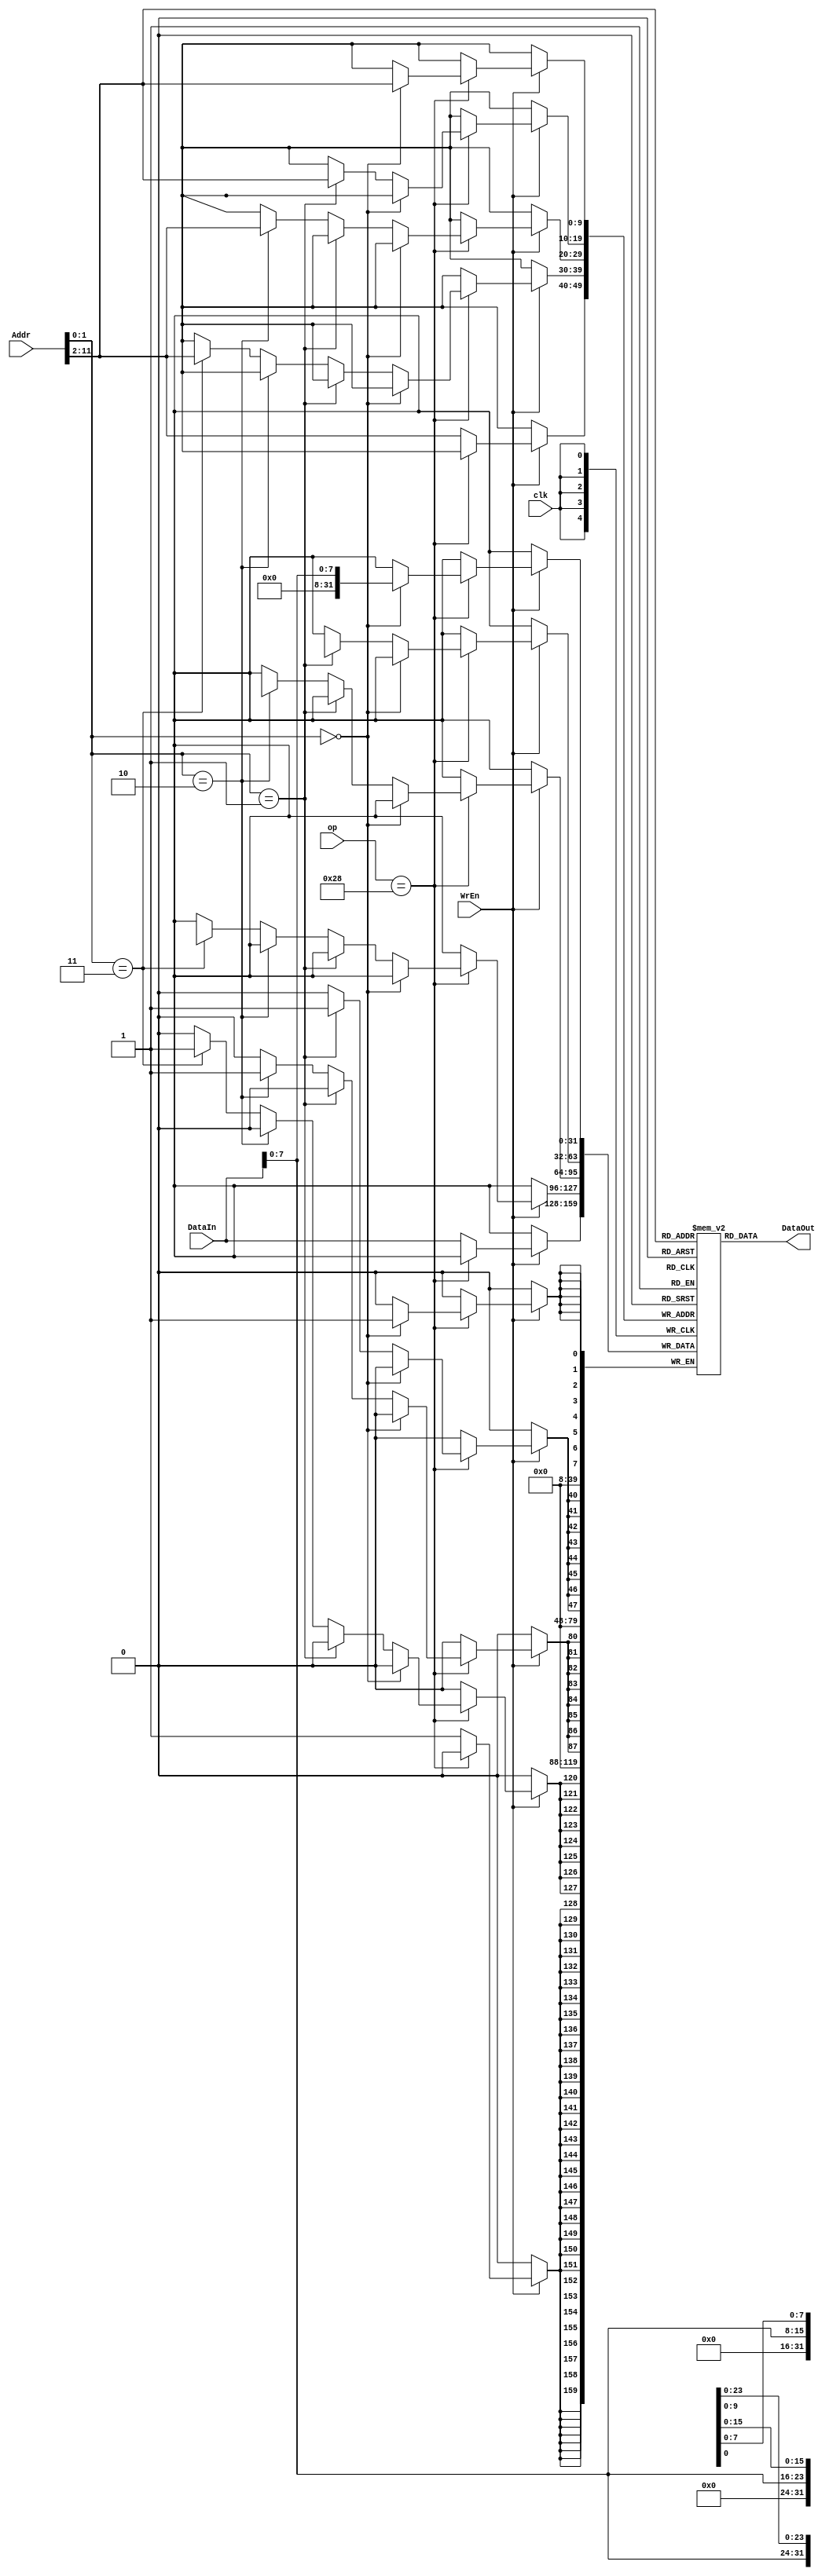
module dm_4k(
	clk,
	op,
	WrEn,
	Addr,
	DataIn,
	DataOut
);

input wire clk,WrEn;
input wire[11:0] Addr;
input wire[5:0] op;
input wire[31:0] DataIn;
output reg[31:0] DataOut;

reg[31:0] dm[1023:0];
integer i;
initial begin
	for(i=0;i<1024;i=i+1)
		dm[i]=0;
end
always@(*) begin
	DataOut = dm[Addr[11:2]];
end

always@(posedge clk) begin
	if(WrEn)
		begin
		if(op == 6'b101000)
		begin
		if(Addr[1:0] == 2'b00)
			dm[Addr[11:2]][7:0] = DataIn[7:0];
		else if(Addr[1:0] == 2'b01)
			dm[Addr[11:2]][15:8] = DataIn[7:0];
		else if(Addr[1:0] == 2'b10)
			dm[Addr[11:2]][23:16] = DataIn[7:0];
		else if(Addr[1:0] == 2'b11)
			dm[Addr[11:2]][31:24] = DataIn[7:0];
		end
		else
		begin
			dm[Addr[11:2]] = DataIn;
		end
		end
end
endmodule